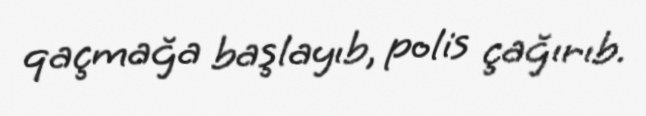
qaçmağa başlayıb, polis çağırıb.